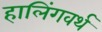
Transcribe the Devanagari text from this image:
हालिंगवर्थ